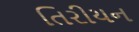
તિરીયન